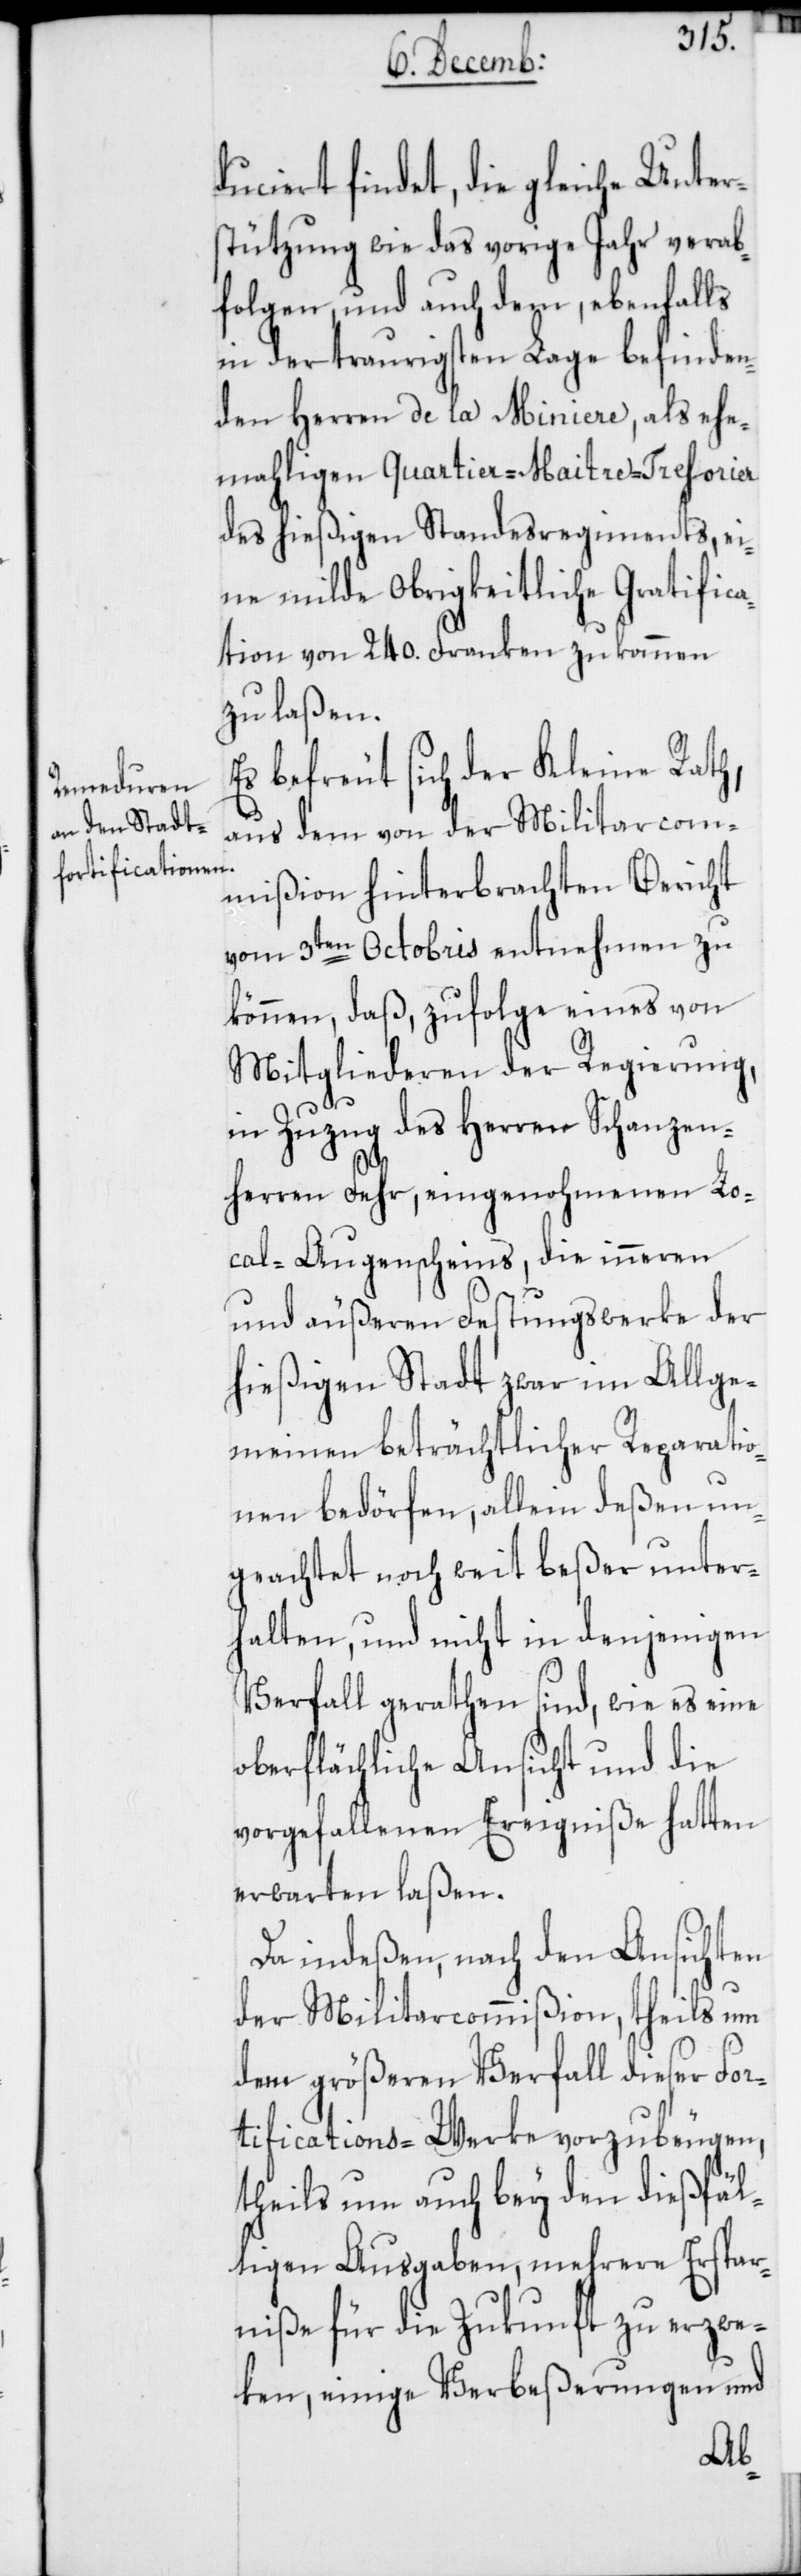
duciert findet, die gleiche Unter¬
stützung wie das vorige Jahr verab¬
folgen, und auch dem, ebenfalls
in der traurigsten Lage befinden¬
den Herren de la Miniere, als ehe¬
mahligen Quartier-Maitre-Tresorier
des hießigen Standesregiments, ei¬
ne milde Obrigkeitliche Gratifica¬
tion von 240. Franken zukommen
zu laßen.
Es befreut sich der Kleine Rath,
aus dem von der Militarcom¬
mißion hinterbrachten Bericht
vom 3ten Octobris entnehmen zu
können, daß, zufolge eines von
Mitgliederen der Regierung,
in Zuzug des Herren Schanzen¬
herren Fehr, eingenohmenen Lo¬
cal-Augenscheins, die inneren
und äußeren Festungswerke der
hießigen Stadt zwar im Allge¬
meinen beträchtlicher Reparatio¬
nen bedörfen, allein deßen un¬
geachtet noch weit beßer unter¬
halten, und nicht in denjenigen
Verfall gerathen sind, wie es eine
oberflächliche Ansicht und die
vorgefallenen Ereigniße hatten
erwarten laßen.
Da indeßen, nach den Ansichten
der Militarcommißion, theils um
dem größeren Verfall dieser For¬
tifications-Werke vorzubeugen,
theils um auch bey den dießfäl¬
ligen Ausgaben, mehrere Erspar¬
niße für die Zukunft zu erzwe¬
cken,